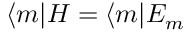
\langle m | H = \langle m | E _ { m }